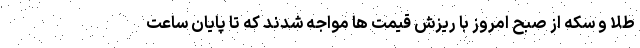
طلا و سکه از صبح امروز با ریزش قیمت ها مواجه شدند که تا پایان ساعت